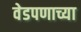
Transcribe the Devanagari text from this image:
वेडपणाच्या